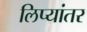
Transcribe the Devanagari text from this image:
लिप्यांतर